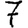
Digit: 7